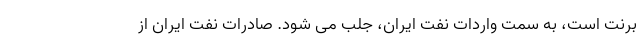
برنت است، به سمت واردات نفت ایران، جلب می شود. صادرات نفت ایران از